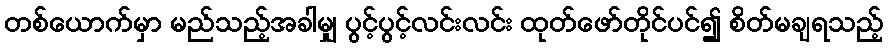
တစ်ယောက်မှာ မည်သည့်အခါမျှ ပွင့်ပွင့်လင်းလင်း ထုတ်ဖော်တိုင်ပင်၍ စိတ်မချရသည့်